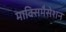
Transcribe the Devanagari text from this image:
माक्सिमैसेशन